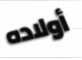
أولاده